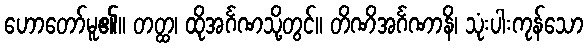
ဟောတော်မူ၏။ တတ္ထ၊ ထိုအင်္ဂဏသို့တွင်။ တိဏိအင်္ဂဏာနိ၊ သုံးပါးကုန်သော